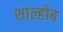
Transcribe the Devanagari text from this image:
शाल्होब